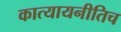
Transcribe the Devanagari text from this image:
कात्यायनीतिच